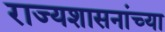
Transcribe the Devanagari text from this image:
राज्यशासनांच्या